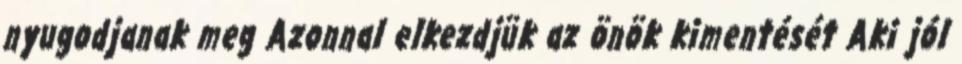
nyugodjanak meg Azonnal elkezdjük az önök kimentését Aki jól